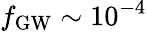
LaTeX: f_{\mathrm{GW}}\sim 10^{-4}